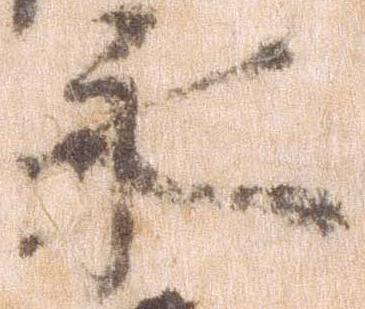
永